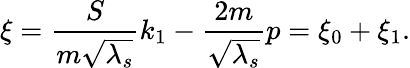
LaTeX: \xi={\frac{S}{m\sqrt{\lambda_{s}}}}k_{1}-{\frac{2m}{\sqrt{\lambda_{s}}}}p=\xi_{0}+\xi_{1}.